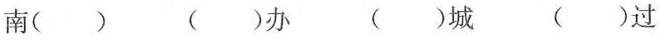
南（） （）办 （）城 （）过